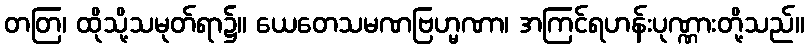
တတြ၊ ထိုသို့သမုတ်ရာ၌။ ယေတေသမဏဗြဟ္မဏာ၊ အကြင်ရဟန်းပုဏ္ဏားတို့သည်။